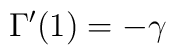
\Gamma^{\prime}(1) = - \gamma